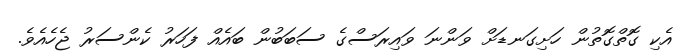
އެކި ގޮތްގޮތުން ހަށިގަނޑަށް ވަންނަ ވައިރަސްގެ ސަބަބުން ބައެއް ފަހަރު ކެންސަރު ޖެހެއެވެ.